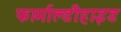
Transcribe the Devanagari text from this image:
फार्माल्डीहाइड